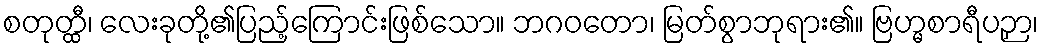
စတုတ္ထီ၊ လေးခုတို့၏ပြည့်ကြောင်းဖြစ်သော။ ဘဂဝတော၊ မြတ်စွာဘုရား၏။ ဗြဟ္မစာရီပဉှာ၊